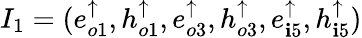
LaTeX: I_{1}=(e_{o1}^{\uparrow},h_{o1}^{\uparrow},e_{o3}^{\uparrow},h_{o3}^{\uparrow},e_{\mathbf{i}5}^{\uparrow},h_{\mathbf{i}5}^{\uparrow})